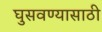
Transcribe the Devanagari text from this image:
घुसवण्यासाठी